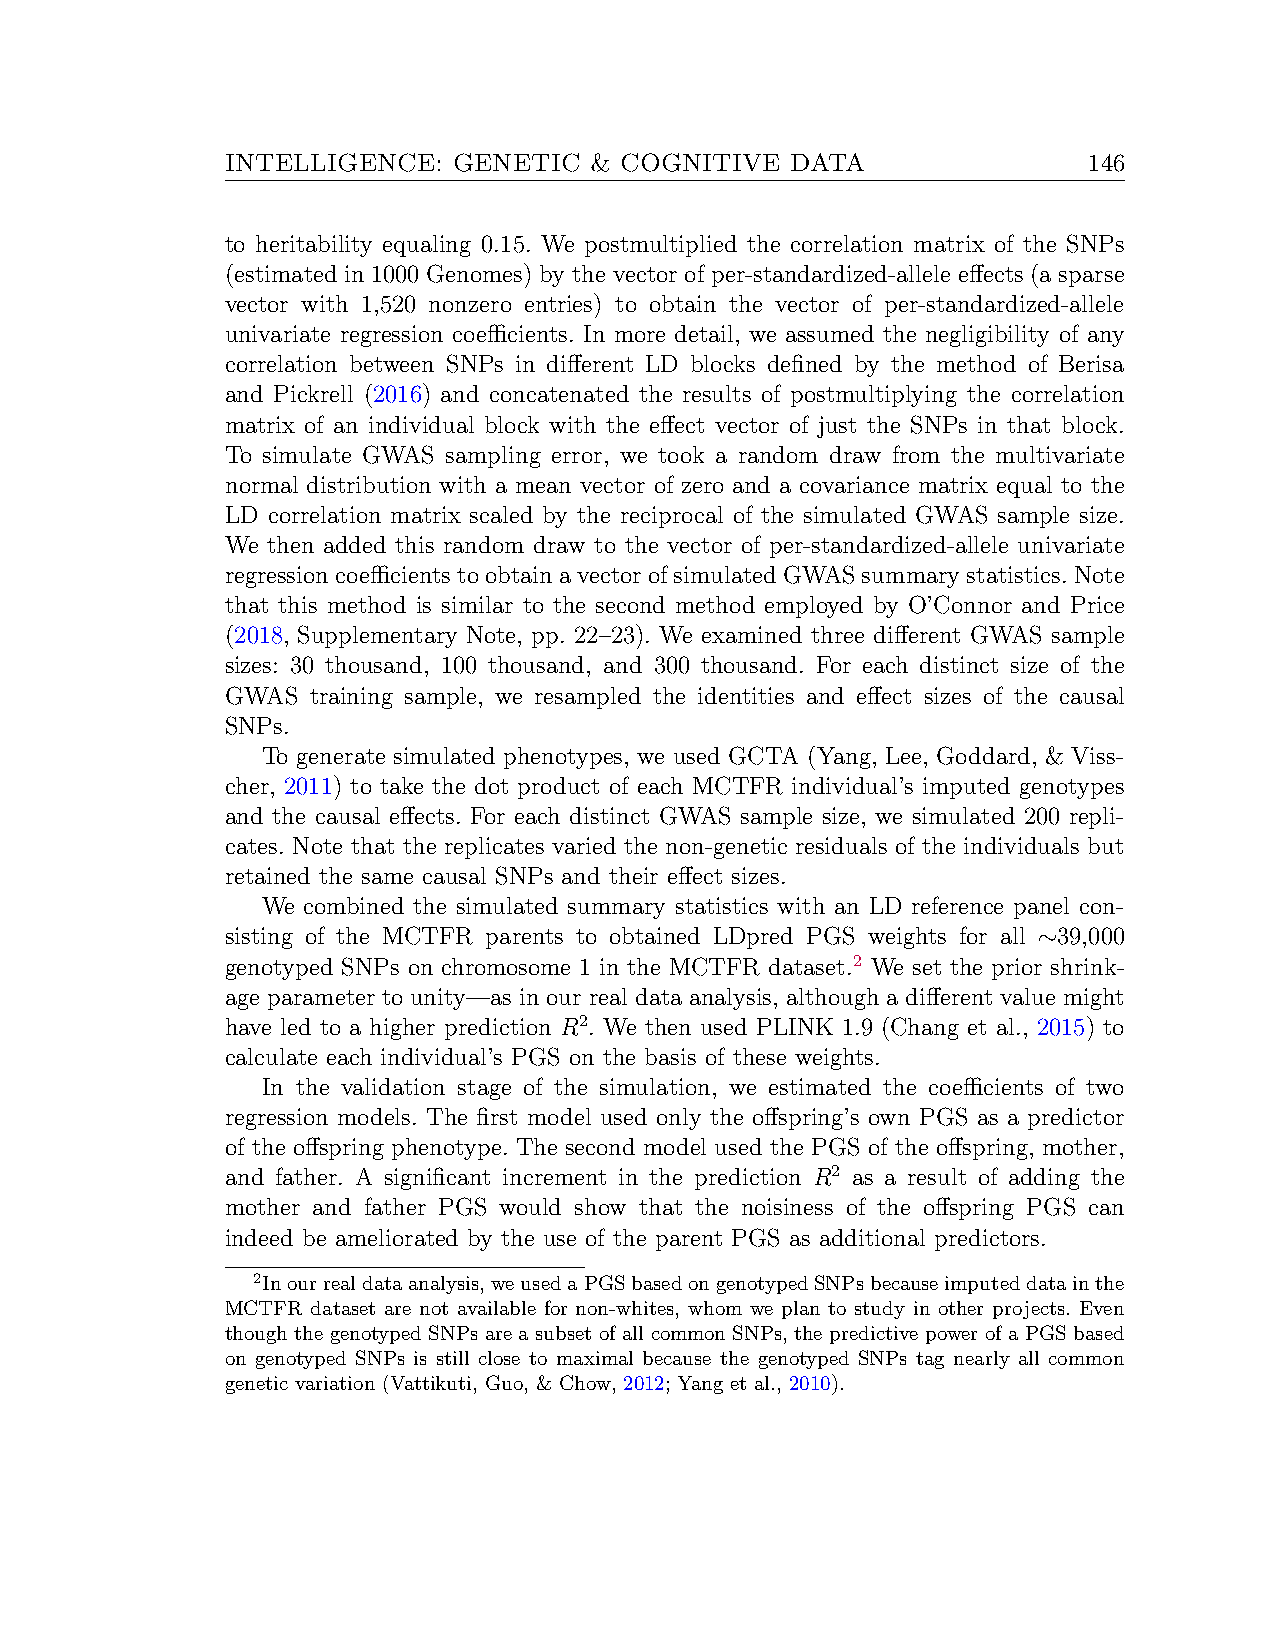
INTELLIGENCE:  GENETIC  & COGNITIVE  DATA                146
 to heritability equaling 0.15. We postmultiplied the correlation matrix of the SNPs
 (estimated in 1000 Genomes) by the vector of per-standardized-allele effects (a sparse
 vector with 1,520 nonzero entries) to obtain the vector of per-standardized-allele
 univariate regression coefficients. In more detail, we assumed the negligibility of any
 correlation between SNPs in different LD blocks defined by the method of Berisa
 and Pickrell (2016) and concatenated the results of postmultiplying the correlation
 matrix of an individual block with the effect vector of just the SNPs in that block.
 To simulate GWAS sampling error, we took a random draw from the multivariate
 normal distribution with a mean vector of zero and a covariance matrix equal to the
 LD correlation matrix scaled by the reciprocal of the simulated GWAS sample size.
 We then added this random draw to the vector of per-standardized-allele univariate
 regressioncoefficientstoobtainavectorofsimulatedGWASsummarystatistics.Note
 that this method is similar to the second method employed by O’Connor and Price
 (2018, Supplementary Note, pp. 22–23). We examined three different GWAS sample
 sizes: 30 thousand, 100 thousand, and 300 thousand. For each distinct size of the
 GWAS training sample, we resampled the identities and effect sizes of the causal
 SNPs.
 To generate simulated phenotypes, we used GCTA (Yang, Lee, Goddard, & Viss-
 cher, 2011) to take the dot product of each MCTFR individual’s imputed genotypes
 and the causal effects. For each distinct GWAS sample size, we simulated 200 repli-
 cates. Note that the replicates varied the non-genetic residuals of the individuals but
 retained the same causal SNPs and their effect sizes.
 We combined the simulated summary statistics with an LD reference panel con-
 sisting of the MCTFR parents to obtained LDpred PGS weights for all ∼39,000
 genotyped SNPs on chromosome 1 in the MCTFR dataset.2 We set the prior shrink-
 age parameter to unity—as in our real data analysis, although a different value might
 have led to a higher prediction R2. We then used PLINK 1.9 (Chang et al., 2015) to
 calculate each individual’s PGS on the basis of these weights.
 In the validation stage of the simulation, we estimated the coefficients of two
 regression models. The first model used only the offspring’s own PGS as a predictor
 of the offspring phenotype. The second model used the PGS of the offspring, mother,
 and father. A significant increment in the prediction R2 as a result of adding the
 mother and father PGS would show that the noisiness of the offspring PGS can
 indeed be ameliorated by the use of the parent PGS as additional predictors.
 2Inourrealdataanalysis,weusedaPGSbasedongenotypedSNPsbecauseimputeddatainthe
 MCTFR dataset are not available for non-whites, whom we plan to study in other projects. Even
 though the genotyped SNPs are a subset of all common SNPs, the predictive power of a PGS based
 on genotyped SNPs is still close to maximal because the genotyped SNPs tag nearly all common
 genetic variation (Vattikuti, Guo, & Chow, 2012; Yang et al., 2010).